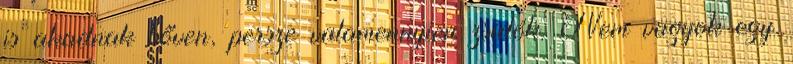
is akadnak bőven, persze valamennyien zsidók. Nem vagyok egy